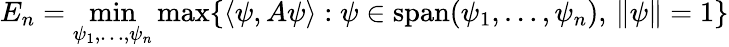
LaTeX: E_{n}=\operatorname*{min}_{\psi_{1},\ldots,\psi_{n}}\operatorname*{max}\{ \langle\psi,A\psi\rangle:\psi\in\operatorname{span}(\psi_{1},\ldots,\psi_{n}),\, \| \psi\| =1\}